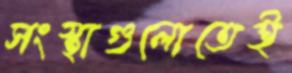
সংস্থাগুলোতেই